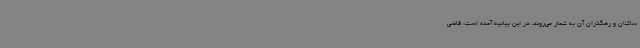
ساکنان و رهگذران آن به شمار می‌روند. در این بیانیه آمده است: قاضی